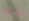
واحد